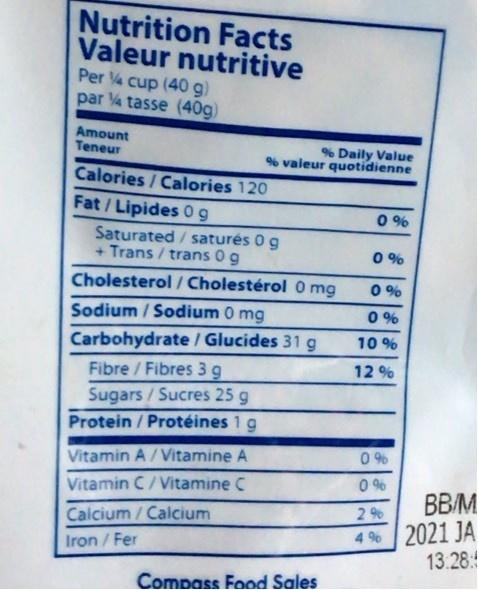
Nutrition Facts Valeur nutritive
Per 4 cup (40 g) par 4 tasse (40g)
Amount Teneur
% Daily Value % valeur quotidienne
Calories / Calories 120
Fat /Lipides 0 9 Saturated / saturés 0 g + Trans / trans 0g
0 %
0 %
Cholesterol / Cholestérol 0 mg
0 %
Sodium / Sodium 0 mg
0 %
Carbohydrate / Glucides 31 g Fibre / Fibres 3 g
10 %
12 %
Sugars / Sucres 25 g Protein / Protéines 1 g
Vitamin A/ Vitamine A Vitamin C/ Vitamine C
0 %
0 %
ВВM
2%
Calcium / Calcium
4 % 2021 JA 13.28:
Iron / Fer
Compass Food Sales